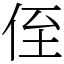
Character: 侄